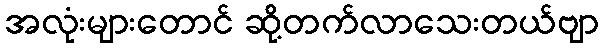
အလုံးများတောင် ဆို့တက်လာသေးတယ်ဗျာ